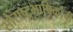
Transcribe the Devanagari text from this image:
सौराष्ट्रभाषिकांची